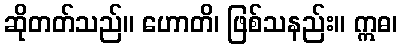
ဆိုတတ်သည်။ ဟောတိ၊ ဖြစ်သနည်း။ ဣဓ၊